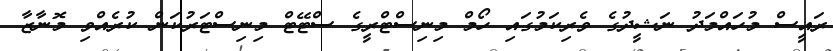
ރައީސް މުހައްމަދު ނަޝީދުގެ ވެރިކަމުގައި ހޯމް މިނިސްޓްރީގެ ސްޓޭޓް މިނިސްޓަރުކަން ކުރެއްވި މޮނާޒާ